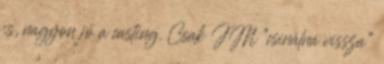
is, nagyon jó a casting. Csak JM “csinálna vissza”